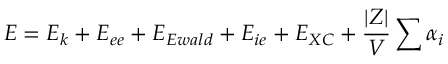
E = E _ { k } + E _ { e e } + E _ { E w a l d } + E _ { i e } + E _ { X C } + \frac { | Z | } { V } \sum \alpha _ { i }